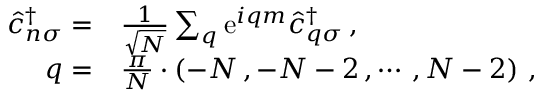
\begin{array} { r l } { \hat { c } _ { n \sigma } ^ { \dagger } = } & { { } \frac { 1 } { \sqrt { N } } \sum _ { q } \mathrm { e } ^ { i q m } \hat { c } _ { q \sigma } ^ { \dagger } \, , } \\ { q = } & { { } \frac { \pi } { N } \cdot \left( - N \, , - N - 2 \, , \cdots \, , N - 2 \right) \, , } \end{array}